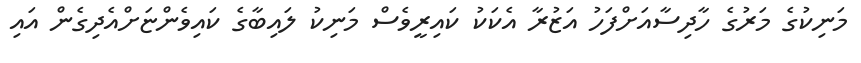
މަނިކުގެ މަރުގެ ހާދިސާއަށްފަހު އަޒުރާ އެކަކު ކައިރީވެސް މަނިކު ލައިބާގެ ކައިވެންޏަށްއެދިގެން އައި